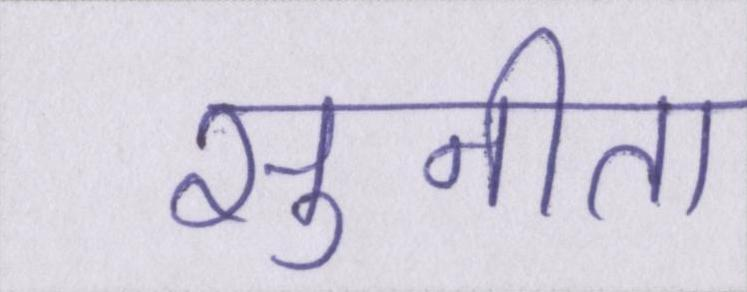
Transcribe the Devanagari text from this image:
सुनीता